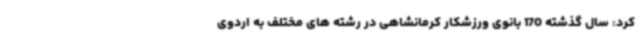
کرد: سال گذشته 170 بانوی ورزشکار کرمانشاهی در رشته های مختلف به اردوی